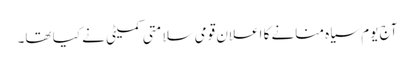
آج یوم سیاہ منانے کا اعلان قومی سلامتی کمیٹی نے کیا تھا۔